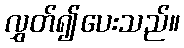
လွှတ်၍ပေးသည်။